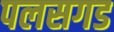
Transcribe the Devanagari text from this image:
पलसगड